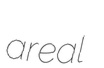
areal